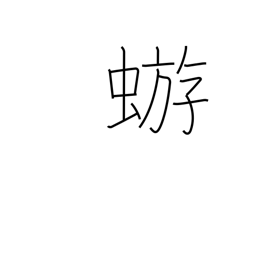
Meaning: mayfly